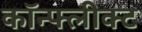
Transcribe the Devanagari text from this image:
कॉन्फ्लीक्ट